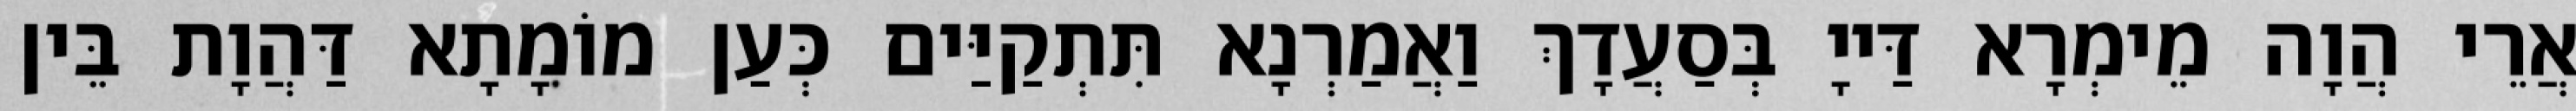
אֲרֵי הֲוָה מֵימְרָא דַּייָ בְּסַעֲדָךְ וַאֲמַרְנָא תִּתְקַיַּים כְּעַן מוֹמָתָא דַּהֲוָת בֵּין